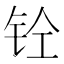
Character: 𰽪